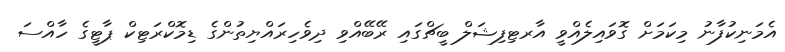
އެމަނިކުފާނު މިކަމަށް ގޮވައިލެއްވީ އާރޓިފިޝަލް ބީޗްގައި ރޭބޭއްވި ދިވެހިރައްޔިތުންގެ ޑިމޮކްރަޓިކް ޕާޓީގެ ހާއްސަ